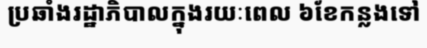
ប្រឆាំងរដ្ឋាភិបាលក្នុងរយៈពេល ៦ខែកន្លងទៅ